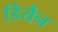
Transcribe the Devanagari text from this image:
डियैन